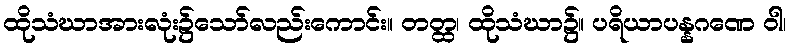
ထိုသံဃာအားလုံး၌သော်လည်းကောင်း။ တတ္ထ၊ ထိုသံဃာ၌။ ပရိယာပန္နဂဏေ ဝါ၊